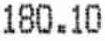
180.10